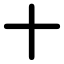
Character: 十